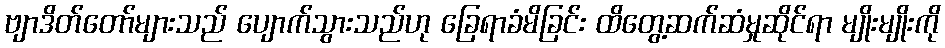
ဗျာဒိတ်တော်များသည် ပျောက်သွားသည်ဟု ခြေရာခံမိခြင်း ထိတွေ့ဆက်ဆံမှုဆိုင်ရာ မျိုးမျိုးကို